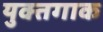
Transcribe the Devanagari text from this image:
युक्तगाक